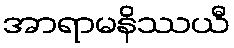
အာရာမနိဿယီ